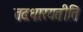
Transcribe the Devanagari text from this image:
तदधारयतीति